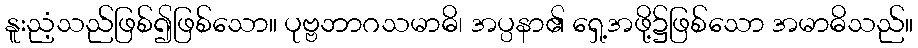
နူးညံ့သည်ဖြစ်၍ဖြစ်သော။ ပုဗ္ဗဘာဂသမာဓိ၊ အပ္ပနာ၏ ရှေ့အဖို့၌ဖြစ်သော အမာဓိသည်။